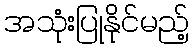
အသုံးပြုနိုင်မည့်